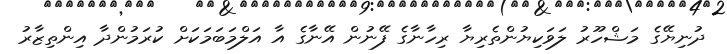
ދުނިޔޭގެ މަޝްހޫރު ލަވަކިޔުންތެރިޔާ ރިހާނާގެ ފޭނުން އޭނާގެ އާ އަލްމަބަމަކަށް ކުރަމުންދާ އިންތިޒާރު